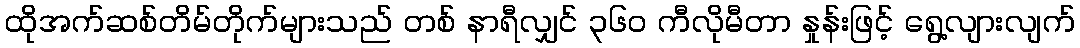
ထိုအက်ဆစ်တိမ်တိုက်များသည် တစ် နာရီလျှင် ၃၆၀ ကီလိုမီတာ နှုန်းဖြင့် ရွေ့လျားလျက်